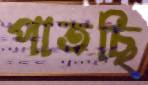
পাতছি